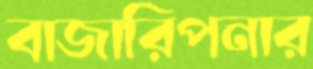
বাজারিপনার